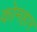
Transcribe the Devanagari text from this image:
कोमहार